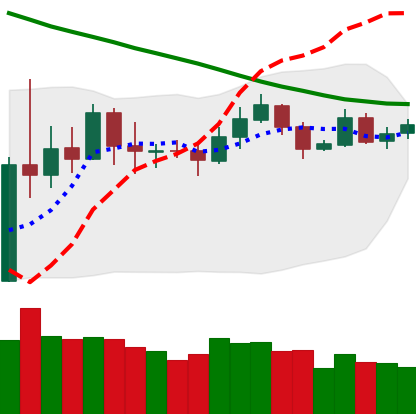
Ticker: ETH-USD
Chart end date: 2019-11-13
Forward return: -4.09%
Label: down_3_5